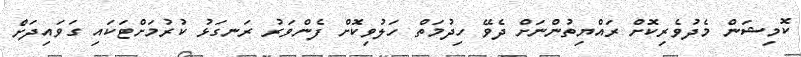
ކޮމިޝަން މެދުވެރިކޮށް ރައްޔިތުންނަށް ދެވޭ ހިދުމަތް ހަލުވިކޮށް ފެންވަރު ރަނގަޅު ކުރުމަށްޓަކައި ގަވައިދަށް